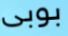
بوبى